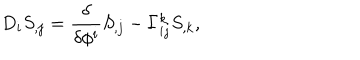
LaTeX: D _ { i } S _ { , j } = { \frac { \delta } { \delta \phi ^ { i } } } S _ { , j } - \Gamma _ { i j } ^ { k } S _ { , k } ,